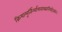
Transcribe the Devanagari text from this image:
क्रियामूर्तिर्न्यायवाक्यनियोजकः।